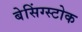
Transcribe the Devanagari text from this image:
बेसिंग्स्टोक